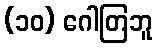
(၁၀) ဂေါတြဘူ